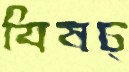
বিষচ্